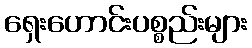
ရှေးဟောင်းပစ္စည်းများ